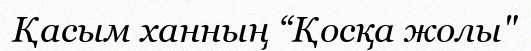
Қасым ханның “Қосқа жолы"